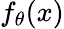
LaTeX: f_{\theta}(x)